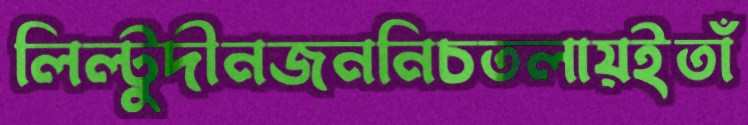
লিল্টুদীনজননিচতলায়ইতাঁ